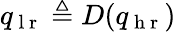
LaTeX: q_{\mathrm{~l~r~}}\triangleq D(q_{\mathrm{~h~r~}})